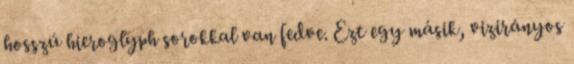
hosszú hieroglyph sorokkal van fedve. Ezt egy másik, vizirányos